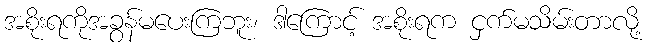
အစိုးရကိုအခွန်မပေးကြဘူး၊ ဒါကြောင့် အစိုးရက ငှက်မသိမ်းတာလို့